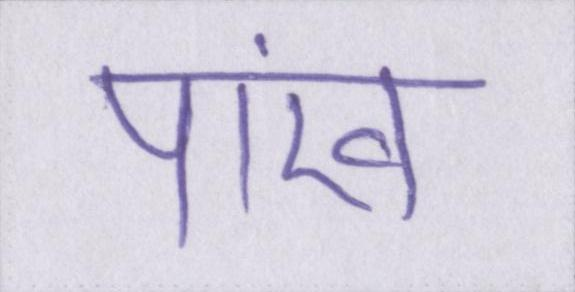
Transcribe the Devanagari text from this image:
पांख